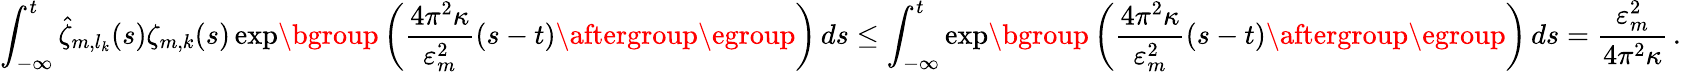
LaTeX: \int_{-\infty}^{t}\hat{\zeta}_{m,l_{k}}(s)\zeta_{m,k}(s)\exp\mathopen{}\mathclose\bgroup\left(\frac{4\pi^{2}\kappa}{\varepsilon_{m}^{2}}(s-t)\aftergroup\egroup\right)\, ds\leq\int_{-\infty}^{t}\exp\mathopen{}\mathclose\bgroup\left(\frac{4\pi^{2}\kappa}{\varepsilon_{m}^{2}}(s-t)\aftergroup\egroup\right)\, ds=\frac{\varepsilon_{m}^{2}}{4\pi^{2}\kappa}\, .